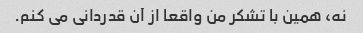
نه، همین با تشکر من واقعا از آن قدردانی می کنم.